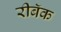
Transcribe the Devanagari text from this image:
रीबॅक